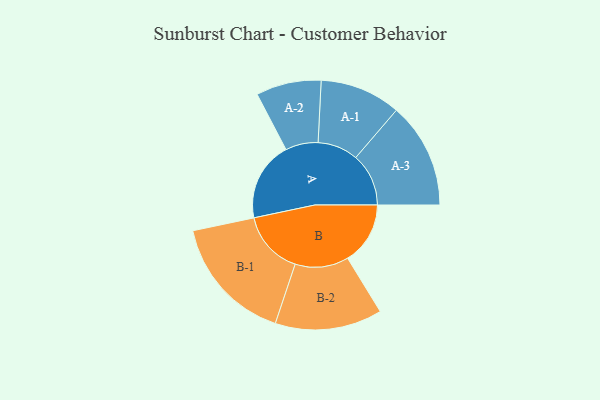
{"axis": {"x": "Segment", "y": "Value"}, "legend": ["", "A", "B"], "data": [{"x": "A", "y": 334, "type": ""}, {"x": "B", "y": 263, "type": ""}, {"x": "A-1", "y": 170, "type": "A"}, {"x": "A-2", "y": 137, "type": "A"}, {"x": "A-3", "y": 222, "type": "A"}, {"x": "B-1", "y": 268, "type": "B"}, {"x": "B-2", "y": 225, "type": "B"}]}